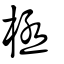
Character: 極